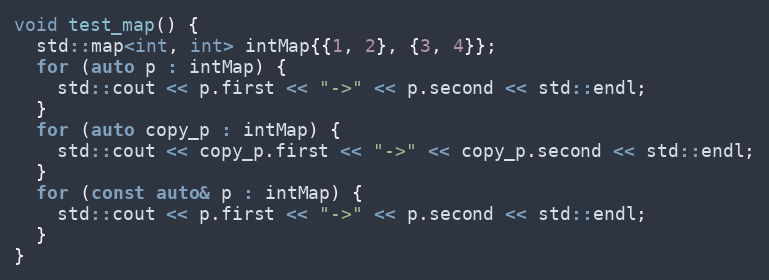
Language: C++
void test_map() {
  std::map<int, int> intMap{{1, 2}, {3, 4}};
  for (auto p : intMap) {
    std::cout << p.first << "->" << p.second << std::endl;
  }
  for (auto copy_p : intMap) {
    std::cout << copy_p.first << "->" << copy_p.second << std::endl;
  }
  for (const auto& p : intMap) {
    std::cout << p.first << "->" << p.second << std::endl;
  }
}